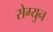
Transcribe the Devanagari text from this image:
सेग्युन